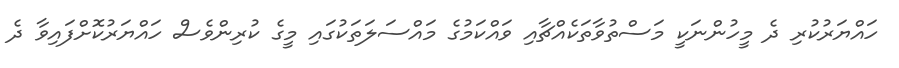
ހައްޔަރުކުރި ދެ މީހުންނަކީ މަސްތުވާތަކެއްޗާއި ވައްކަމުގެ މައްސަލަތަކުގައި މީގެ ކުރިންވެސް ހައްޔަރުކޮށްފައިވާ ދެ